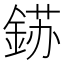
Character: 𮢈